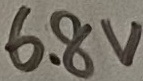
Text: 6.8V